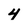
Character: 4